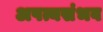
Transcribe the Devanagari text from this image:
अपत्यसंभव